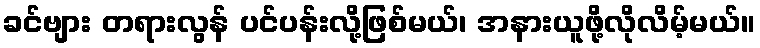
ခင်ဗျား တရားလွန် ပင်ပန်းလို့ဖြစ်မယ်၊ အနားယူဖို့လိုလိမ့်မယ်။